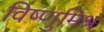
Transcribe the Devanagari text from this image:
विष्णुमिश्र